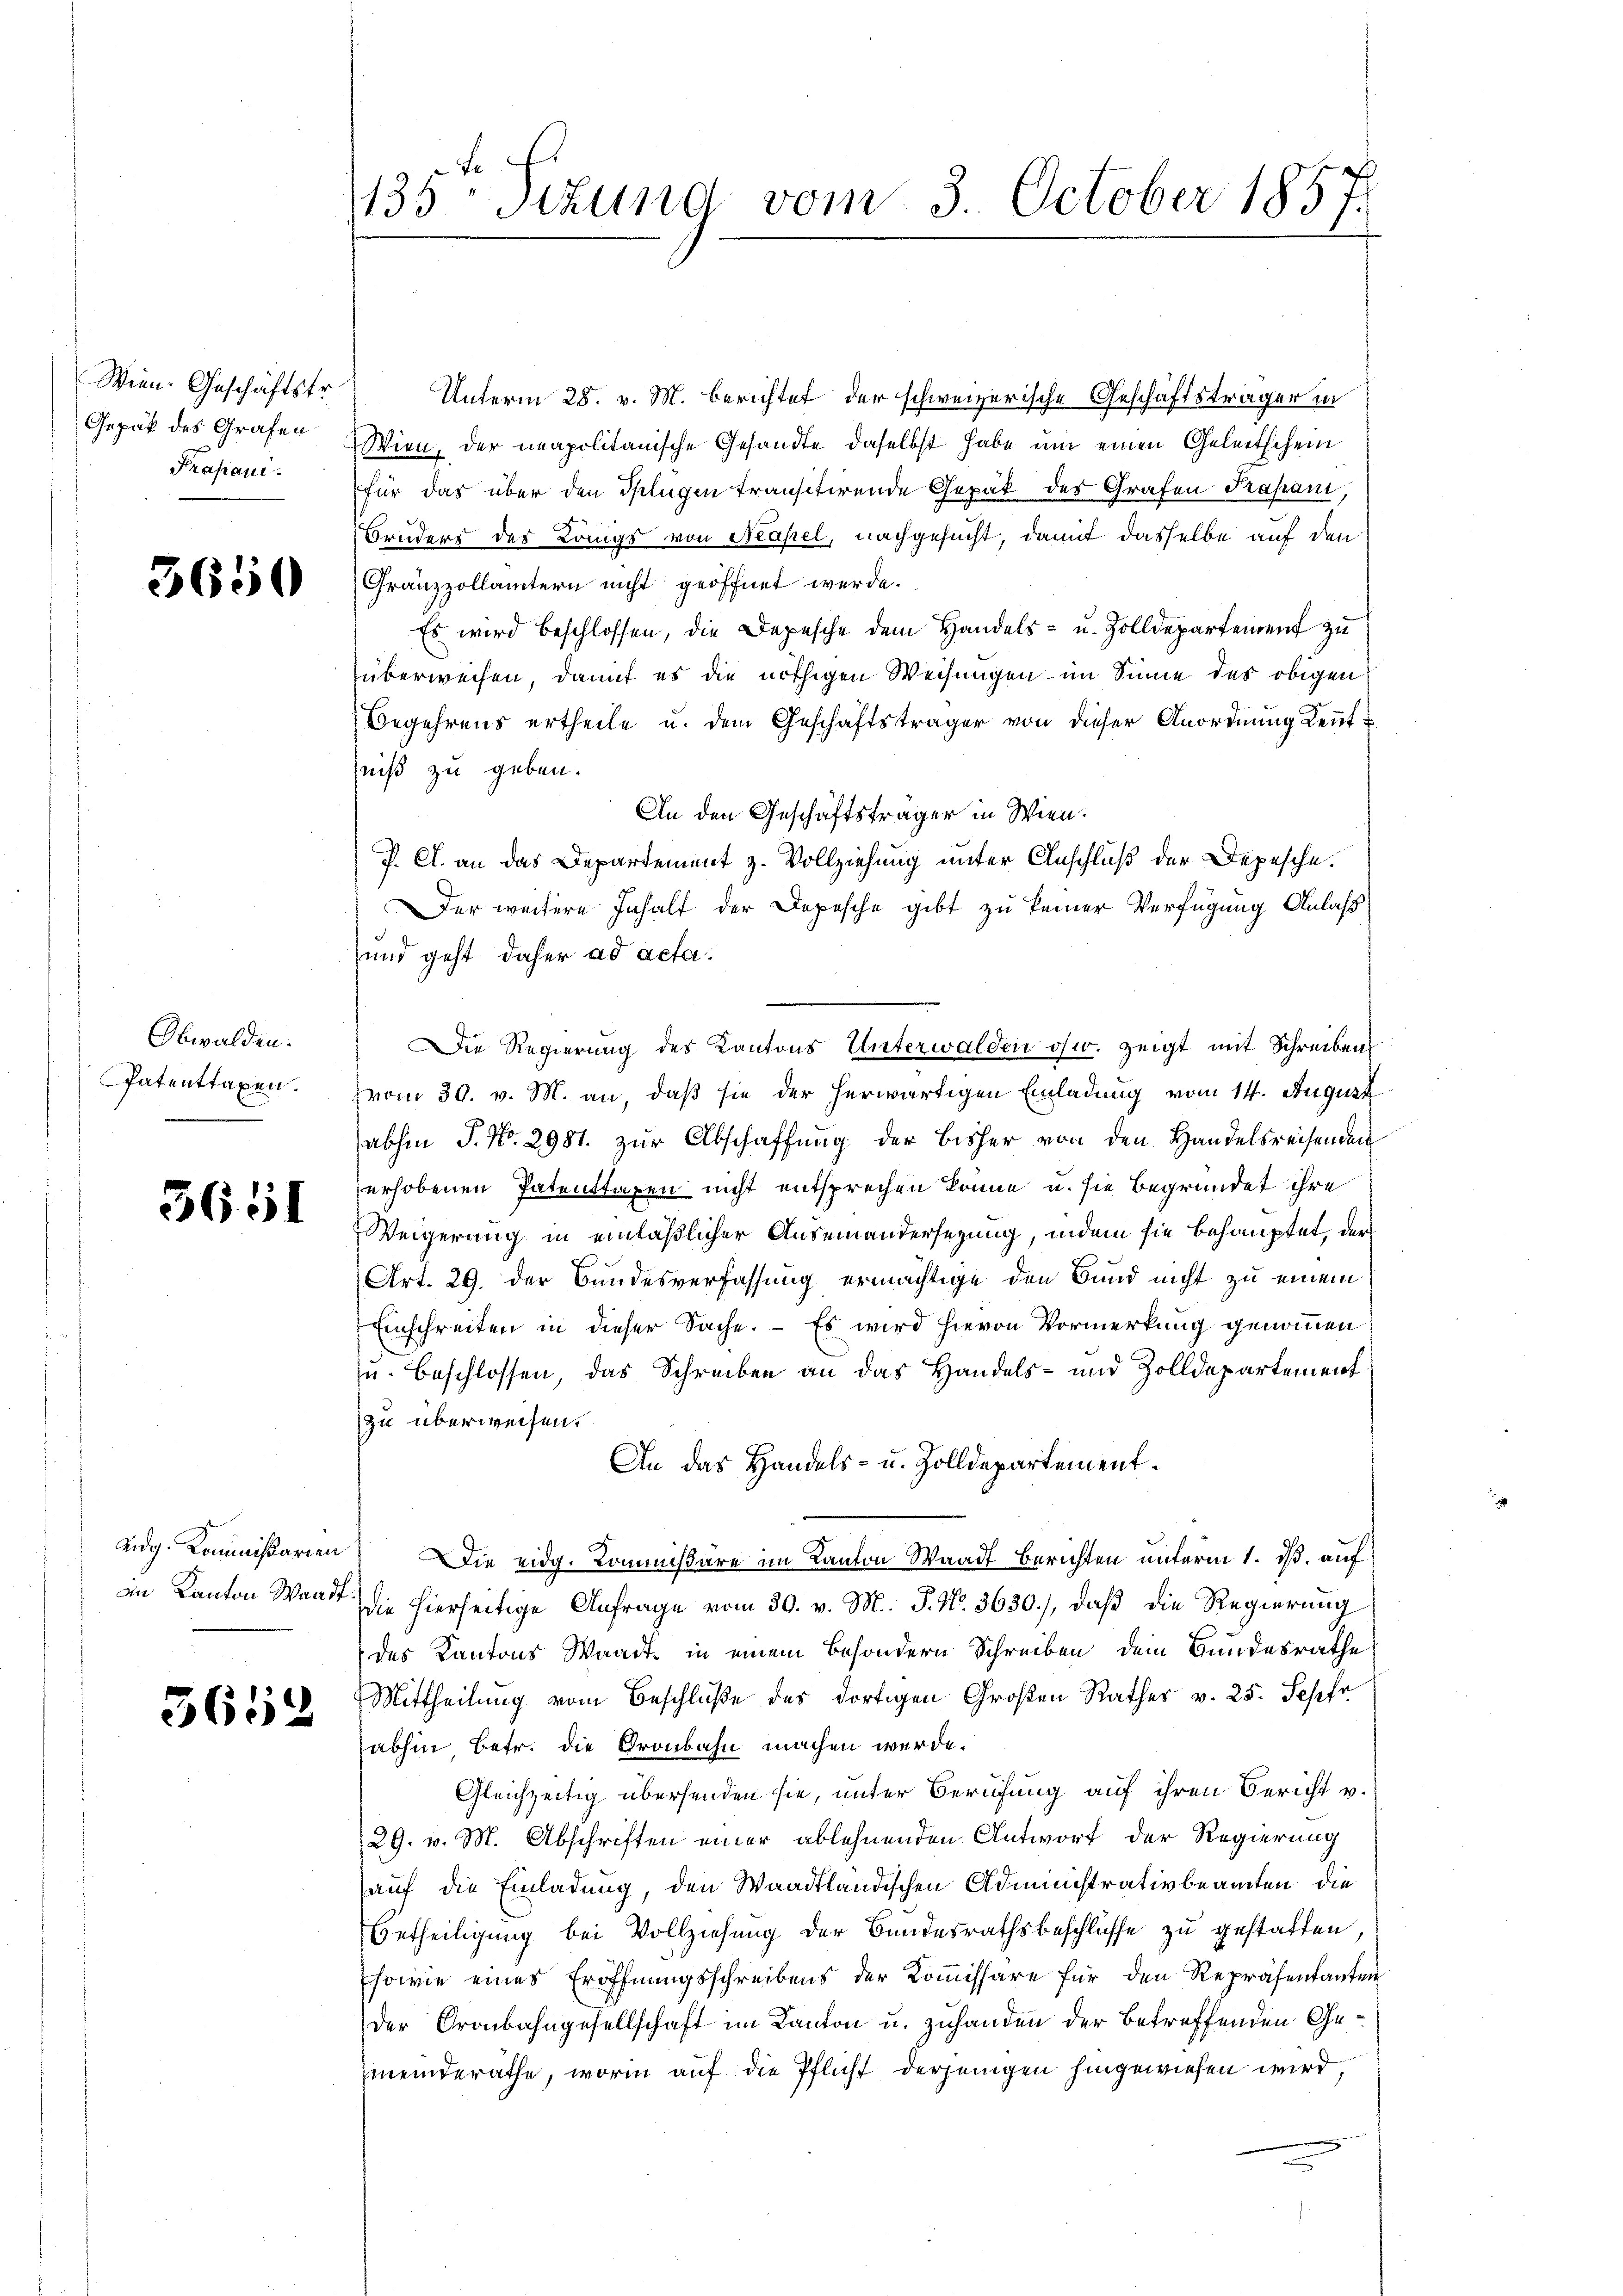
Wien. Geschäftstr.
Gepäck des Grafen
Prafani.

3650

Obwalden.
Patenttaxen.

5651

Eidg. Kommißarien
an Kanton Waadt,

3612

135 Sizung vom 3. October 1857.

Unterm 28. v. M. berichtet der schweizerische Geschäftsträger in
Wien, der neapolitanische Gesandte daselbst habe um einen Geleitschein
für das über den Seligen transitirende Gepak der Grafen Papan,
Bruders des Längs von Neapel, nachgesucht, damit dasselbe auf den
Gränzzollämtern nicht geöffnet werde.
Es wird beschlossen, die Depesche dem Handels- u. Zolldepartement zu
überweisen, damit es die nöthigen Weisungen im Sinne des obigen
Begehrens ertheile u. dem Geschäftsträger von dieser Anordnung Kennt u
niß zu geben.
An den Geschäftsträger in Wien.
J. A. an das Departement z. Vollziehung unter Anschluß der Depesche.
Der weitere Inhalt der Depesche gibt zu keiner Verfügung Anlaß
und geht daher ad acta.
Die Regierung des Kantons Unterwalden ohw. zeigt mit Schreiben
zvom 30. v. M. an, daß sie der herwärtigen Einladung vom 14. August
abhin J. No. 2981. zur Abschaffung der bisher von den Handelsreisenden
erhobenen Patenstaxen nicht entsprechen könne u. sie begründet ihre
Weigerung in einläßlicher Auseinandersezung, indem sie behauptet, der
Art. 29. der Bundesverfassung ermächtige den Bund nicht zu einem
Einschreiten in dieser Sache. – Es wird hievon Vormerkung genommen
u. beschlossen, das Schreiben an das Handels- und Zolldepartementzu überweisen.
An das Handels- u. Zolldepartement¬
Die eidg. Kommissäre im Kanton Waadt Berichten unterm 1. ds. auf
die hierseitige Anfrage vom 30. v. M. P. Nr. 3630), daß die Regierung
des Kantons Waadt, in einem besondern Schreiben dem Bundesrathe
Mittheilung vom Beschluße des dortigen Großen Rathes v. 25. Sepfr
abhin betr. die Gronbahn machen werde.
Gleichzeitig übersenden sie, unter Berufung auf ihren Bericht v.
29. v. M. Abschriften einer ablehnenden Antworf der Regierung
auf die Einladung, den Waadtländischen Administrativbeamten die
Uetheiligung bei Vollziehung der Bundesrathsbeschlüsse zu gestatten
Esowie eines Eröffnungsschreibens der Kommissäre für den Repräsentanten
der Gronbahngesellschaft im Kanton u. zuhanden der betreffenden Gemeinderathe, worin auf die Pflicht derjenigen hingewiesen wird,